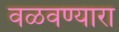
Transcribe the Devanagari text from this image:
वळवण्यारा